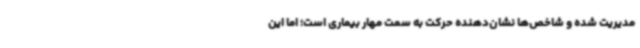
مدیریت شده و شاخص‌ها نشان‌دهنده حرکت به سمت مهار بیماری است؛ اما این